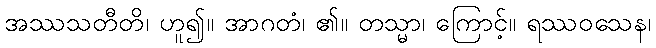
အဿသတီတိ၊ ဟူ၍။ အာဂတံ၊ ၏။ တသ္မာ၊ ကြောင့်။ ရဿဝသေန၊